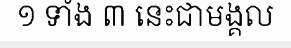
១ ទាំង ៣ នេះជាមង្គល